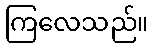
ကြလေသည်။